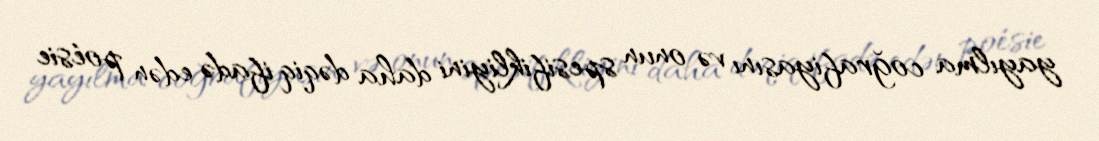
yayılma coğrafiyasını və onun spesifikliyini daha dəqiq ifadə edən poésie